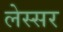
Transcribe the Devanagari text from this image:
लेस्सर